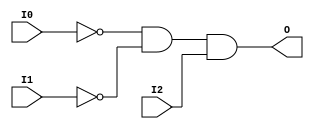
module AND3B2 (O, I0, I1, I2);

    output O;

    input  I0, I1, I2;

    wire i0_inv;
    wire i1_inv;

    not N1 (i1_inv, I1);
    not N0 (i0_inv, I0);
    and A1 (O, i0_inv, i1_inv, I2);


endmodule